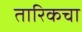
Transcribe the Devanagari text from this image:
तारिकचा